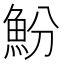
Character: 魵